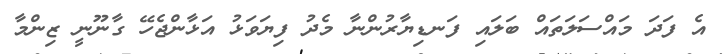
އެ ފަދަ މައްސަލަތައް ބަލައި ފަނޑިޔާރުންނާ މެދު ފިޔަވަޅު އަޅާންޖެހޭ ގާނޫނީ ޒިންމާ